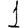
Digit: 1